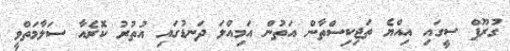
ގުރޫޕް ސީގައި އިއްޔެ ތަޖިކިސްތާން އަތުން އަމިއްލަ ދަނޑުގައި އުތުރު ކޮރެއާ ސަލާމަތްވީ